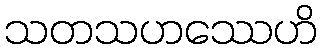
သတသဟဿေဟိ